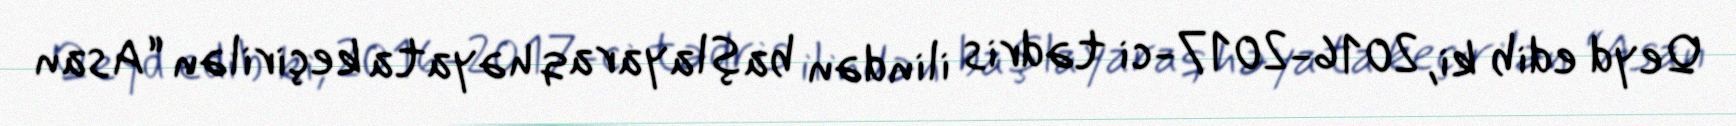
Qeyd edib ki, 2016-2017-ci tədris ilindən başlayaraq həyata keçirilən “Asan